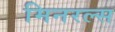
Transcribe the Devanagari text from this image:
मिनरल्‍स